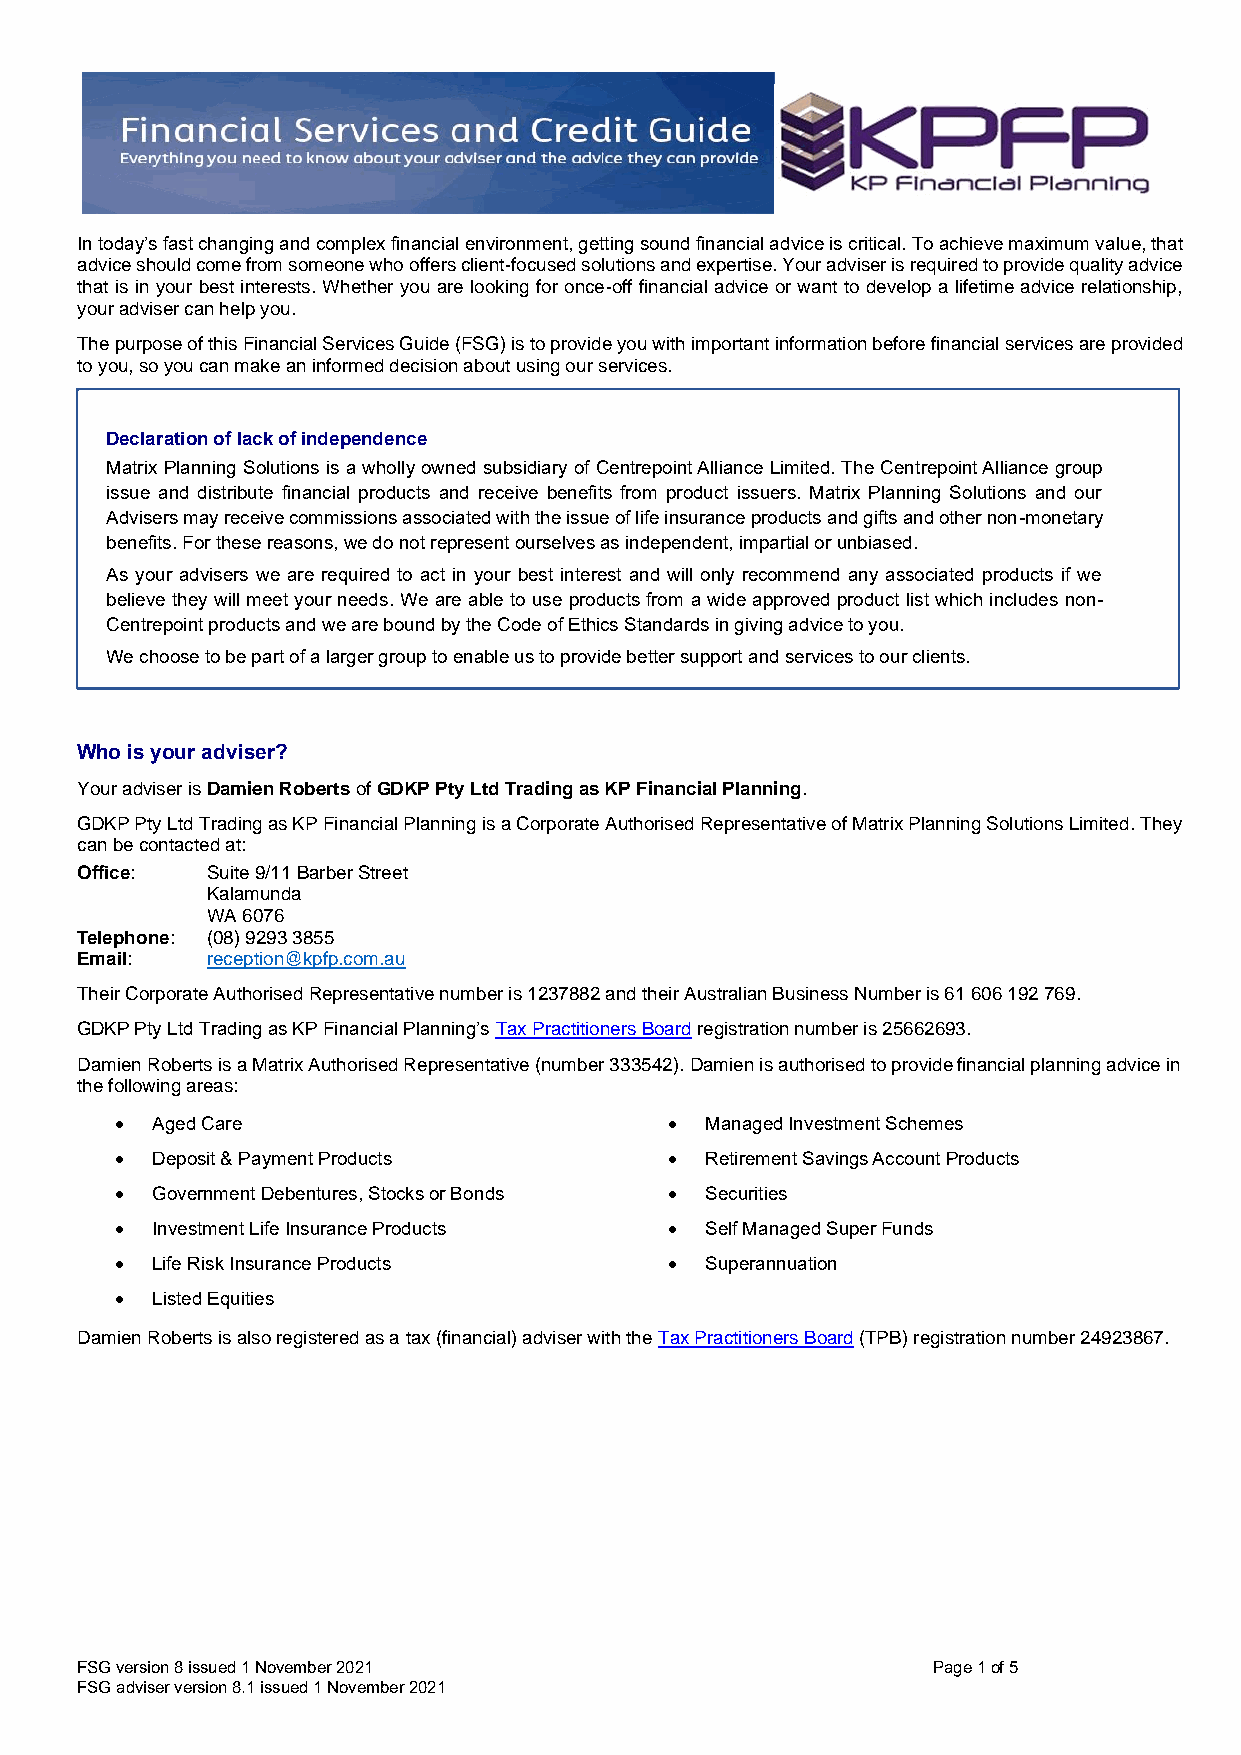
In today’s fast changing and complex financial environment, getting sound financial advice is critical. To achieve maximum value, that
 advice should come from someone who offers client-focused solutions and expertise. Your adviser is required to provide quality advice
 that is in your best interests. Whether you are looking for once-off financial advice or want to develop a lifetime advice relationship,
 your adviser can help you.
 The purpose of this Financial Services Guide (FSG) is to provide you with important information before financial services are provided
 to you, so you can make an informed decision about using our services.
 Declaration of lack of independence
 Matrix Planning Solutions is a wholly owned subsidiary of Centrepoint Alliance Limited. The Centrepoint Alliance group
 issue and distribute financial products and receive benefits from product issuers. Matrix Planning Solutions and our
 Advisers may receive commissions associated with the issue of life insurance products and gifts and other non-monetary
 benefits. For these reasons, we do not represent ourselves as independent, impartial or unbiased.
 As your advisers we are required to act in your best interest and will only recommend any associated products if we
 believe they will meet your needs. We are able to use products from a wide approved product list which includes non-
 Centrepoint products and we are bound by the Code of Ethics Standards in giving advice to you.
 We choose to be part of a larger group to enable us to provide better support and services to our clients.
 Who is your adviser?
 Your adviser is Damien Roberts of GDKP Pty Ltd Trading as KP Financial Planning.
 GDKP Pty Ltd Trading as KP Financial Planning is a Corporate Authorised Representative of Matrix Planning Solutions Limited. They
 can be contacted at:
 Office:  Suite 9/11 Barber Street
 Kalamunda
 WA 6076
 Telephone: (08) 9293 3855
 Email:   reception@kpfp.com.au
 Their Corporate Authorised Representative number is 1237882 and their Australian Business Number is 61 606 192 769.
 GDKP Pty Ltd Trading as KP Financial Planning’s Tax Practitioners Board registration number is 25662693.
 Damien Roberts is a Matrix Authorised Representative (number 333542). Damien is authorised to provide financial planning advice in
 the following areas:
 • Aged Care                         •  Managed Investment Schemes
 • Deposit & Payment Products        •  Retirement Savings Account Products
 • Government Debentures, Stocks or Bonds • Securities
 • Investment Life Insurance Products • Self Managed Super Funds
 • Life Risk Insurance Products      •  Superannuation
 • Listed Equities
 Damien Roberts is also registered as a tax (financial) adviser with the Tax Practitioners Board (TPB) registration number 24923867.
 FSG version 8 issued 1 November 2021                     Page 1 of 5
 FSG adviser version 8.1 issued 1 November 2021